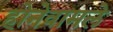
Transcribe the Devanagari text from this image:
होनेवामले